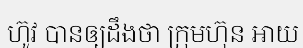
ហ៊ូវ បានឲ្យដឹងថា ក្រុមហ៊ុន អាយ